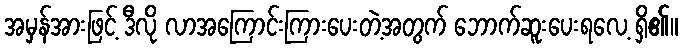
အမှန်အားဖြင့် ဒီလို လာအကြောင်းကြားပေးတဲ့အတွက် ဘောက်ဆူးပေးရလေ့ ရှိ၏။